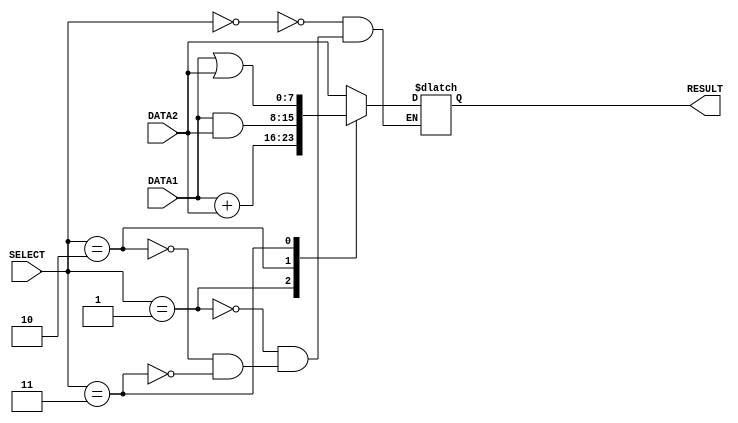
/*
    PereraALHE
    E16275
    lab5 part 1
    ALU module
*/

module alu(DATA1, DATA2, RESULT, SELECT);

    //instantiate 8bit inputs as DATA1, DATA2 then 3 bit SELECT finally 8bit RESULT
    input [7:0] DATA1, DATA2;
    input [2:0] SELECT;
    output [7:0] RESULT;
    reg [7:0] RESULT;

    always @ (DATA1 or DATA2 or SELECT)
    begin
        case(SELECT)
            3'b000 :
            begin
                #1 
                RESULT = DATA2;
            end

            3'b001 :
            begin
                #2 
                RESULT = DATA1 + DATA2;
            end

            3'b010 :
            begin
                #1
                RESULT = DATA1 & DATA2;
            end 

            3'b011 :
            begin
                #1
                RESULT = DATA1 | DATA2;
            end

        endcase 
    end

endmodule